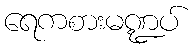
ရေကစားမဏ္ဍပ်